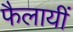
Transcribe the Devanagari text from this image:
फैलायीं